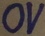
Text: 0V